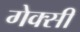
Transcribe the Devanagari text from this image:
गेक्सी